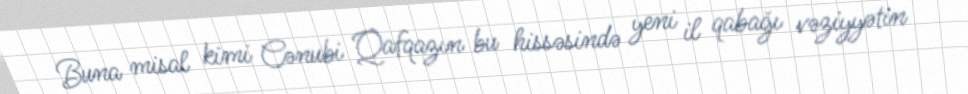
Buna misal kimi Cənubi Qafqazın bu hissəsində yeni il qabağı vəziyyətin